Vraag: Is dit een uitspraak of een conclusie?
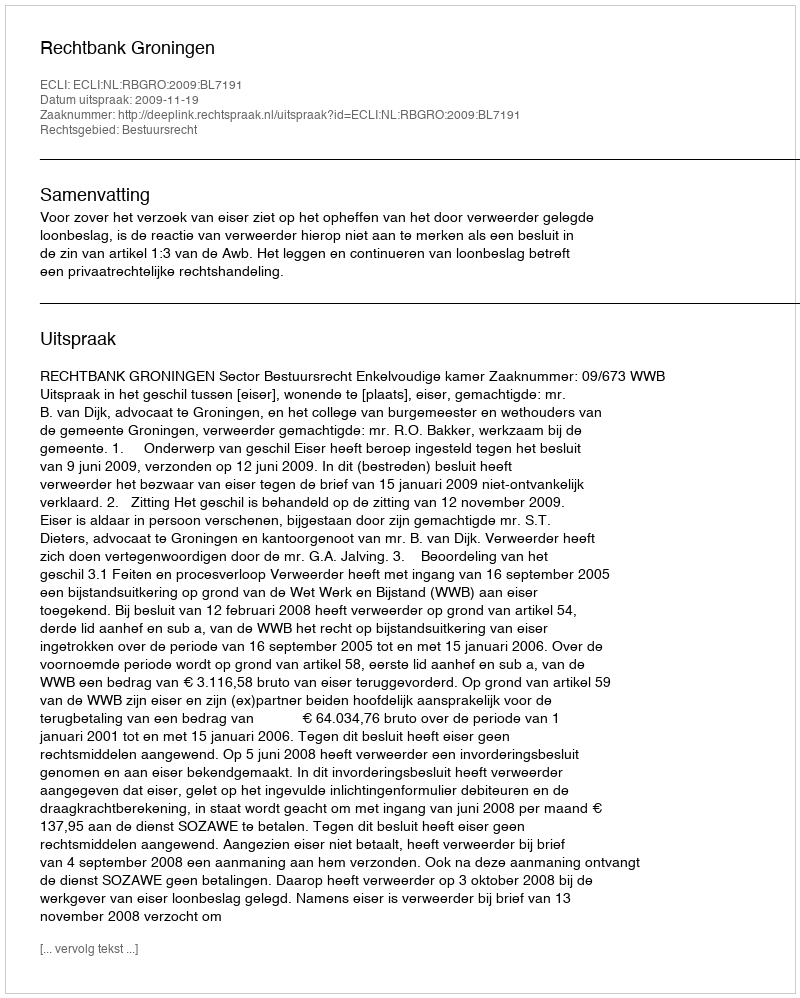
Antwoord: Uitspraak